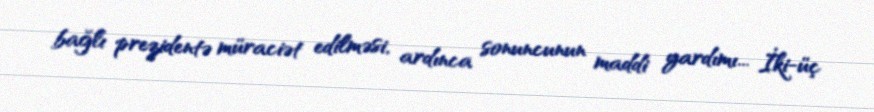
bağlı prezidentə müraciət edilməsi, ardınca sonuncunun maddi yardımı... İki-üç